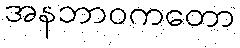
အနဘာဝကတော